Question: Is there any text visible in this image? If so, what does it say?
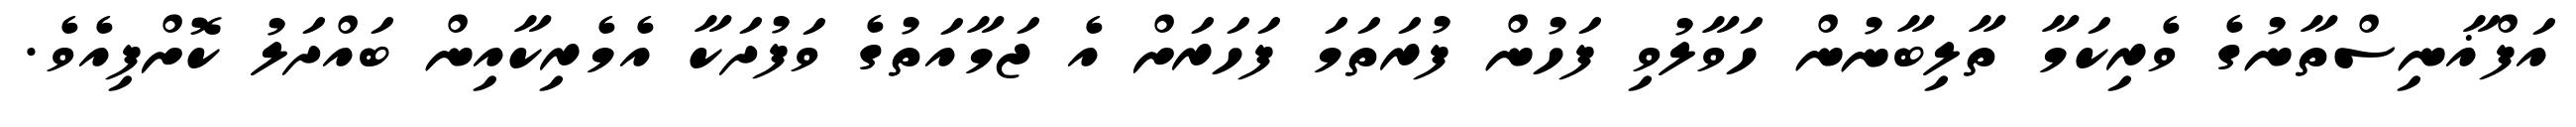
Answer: އަފްޣާނިސްތާނުގެ ވެރިކަމާ ތާލިބާނުން ހަވާލުވި ފަހުން ފުރަތަމަ ފަހަރަށް އެ ޖަމާއަތުގެ ވަފުދަކާ އެމެރިކާއިން ބައްދަލު ކޮށްފިއެވެ.